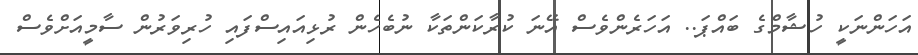
އަހަންނަކީ ހުޝާމްގެ ބައްޕަ.. އަހަރެންވެސް އޭނަ ކުރާކަންތަކާ ނުބެހެން ރުޅިއައިސްފައި ހުރިވަރުން ސާމީއަށްވެސް